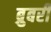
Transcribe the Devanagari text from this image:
ब्रुबरी